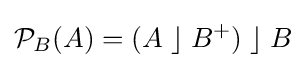
{\mathcal {P}}_{B}(A)=(A\;\rfloor \;B^{+})\;\rfloor \;B